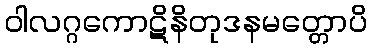
ဝါလဂ္ဂကောဋိနိတုဒနမတ္တောပိ